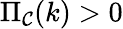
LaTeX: \Pi_{\mathcal{C}}(k)>0